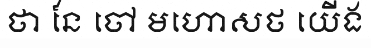
ថា នែ ចៅ មហោសថ យើង